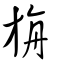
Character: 旃